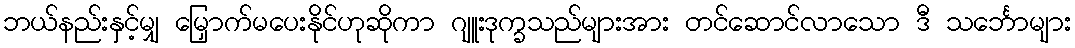
ဘယ်နည်းနှင့်မျှ မြှောက်မပေးနိုင်ဟုဆိုကာ ဂျူးဒုက္ခသည်များအား တင်ဆောင်လာသော ဒီ သင်္ဘောများ